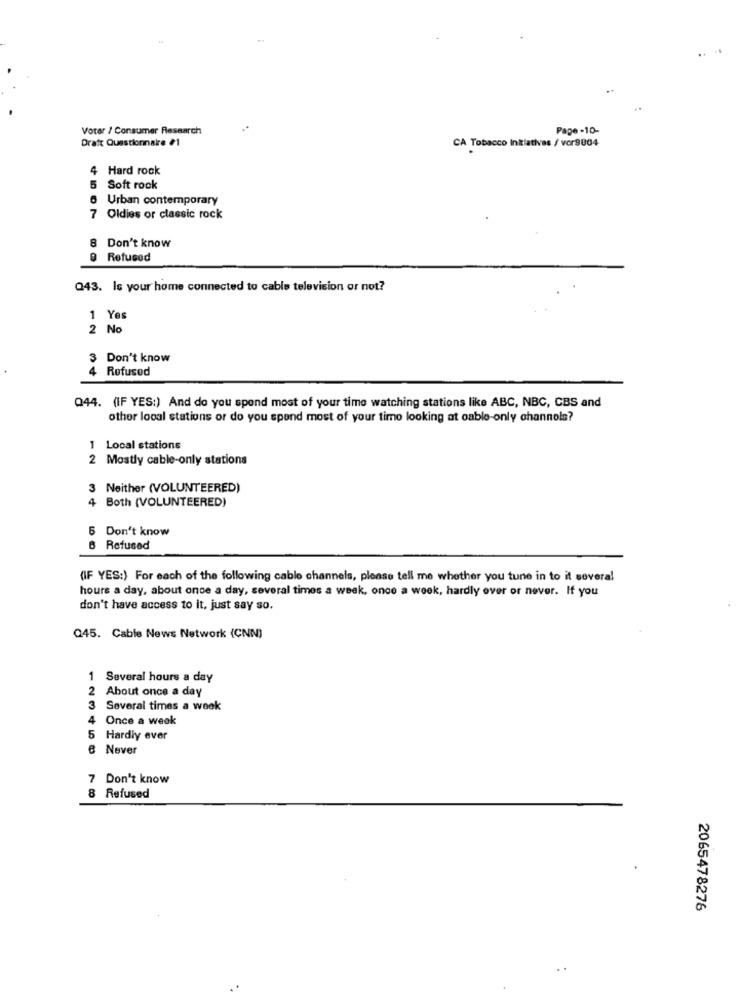
Voter / Consumer Research
Page -10-
Draft Questionnaire #1
CA Tobacco Initiatives / vor9004
4 Hard rock
5 Soft rock
6 Urban contemporary
7 Oldies or classic rock
8 Don't know
9 Refused
Q43. Is your home connected to cable television or not?
1 Yes
2 No
3 Don't know
4 Refused
Q44. (IF YES:) And do you spend most of your time watching stations like ABC, NBC, CBS and
othor local stations or do you spend most of your time looking at oable-only channels?
1 Local stations
2 Mostly cable-only stations
3 Neither (VOLUNTEERED)
+Both (VOLUNTEERED)
5 Don't know
6 Refused
(IF YES:) For each of the following cable channels, please tell me whether you tune in to it several
hours a day, about once a day, several times a week, once a week, hardly over or never. If you
don't have access to it, just say so.
Q45. Cable News Network (CNN)
1 Several hours a day
2 About once a day
3
Several times a week
4
Once a week
Hardly ever
e Never
7 Don't know
8 Refused
2065478276